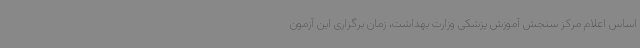
اساس اعلام مرکز سنجش آموزش پزشکی وزارت بهداشت، زمان برگزاری این آزمون